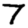
Digit: 7